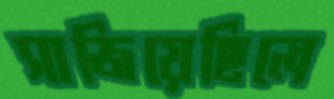
সাজিয়েছিলে